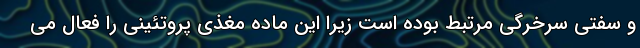
و سفتی سرخرگی مرتبط بوده است زیرا این ماده مغذی پروتئینی را فعال می